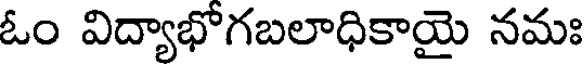
ఓం విద్యాభోగబలాధికాయై నమః